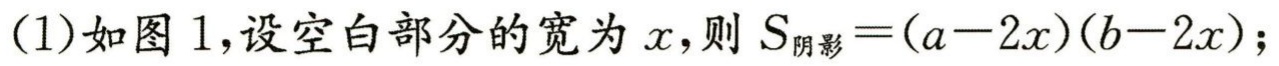
(1)如图 1,设空白部分的宽为\(x\),则\(S_{阴影}=(a - 2x)(b - 2x)\);